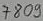
Text: 7809